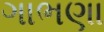
ગાભણા